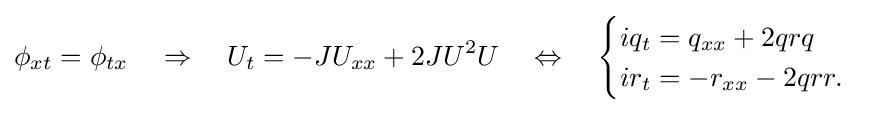
\phi _{xt}=\phi _{tx}\quad \Rightarrow \quad U_{t}=-JU_{xx}+2JU^{2}U\quad \Leftrightarrow \quad {\begin{cases}iq_{t}=q_{xx}+2qrq\\ir_{t}=-r_{xx}-2qrr.\end{cases}}